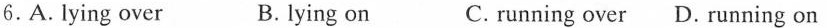
6.A.Lying over B.lying on C. running over D. Running on